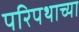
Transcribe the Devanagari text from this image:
परिपथाच्या